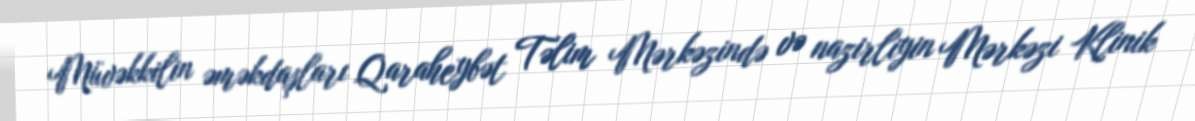
Müvəkkilin əməkdaşları Qaraheybət Təlim Mərkəzində və nazirliyin Mərkəzi Klinik